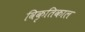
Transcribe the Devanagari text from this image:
विकृतिकाल